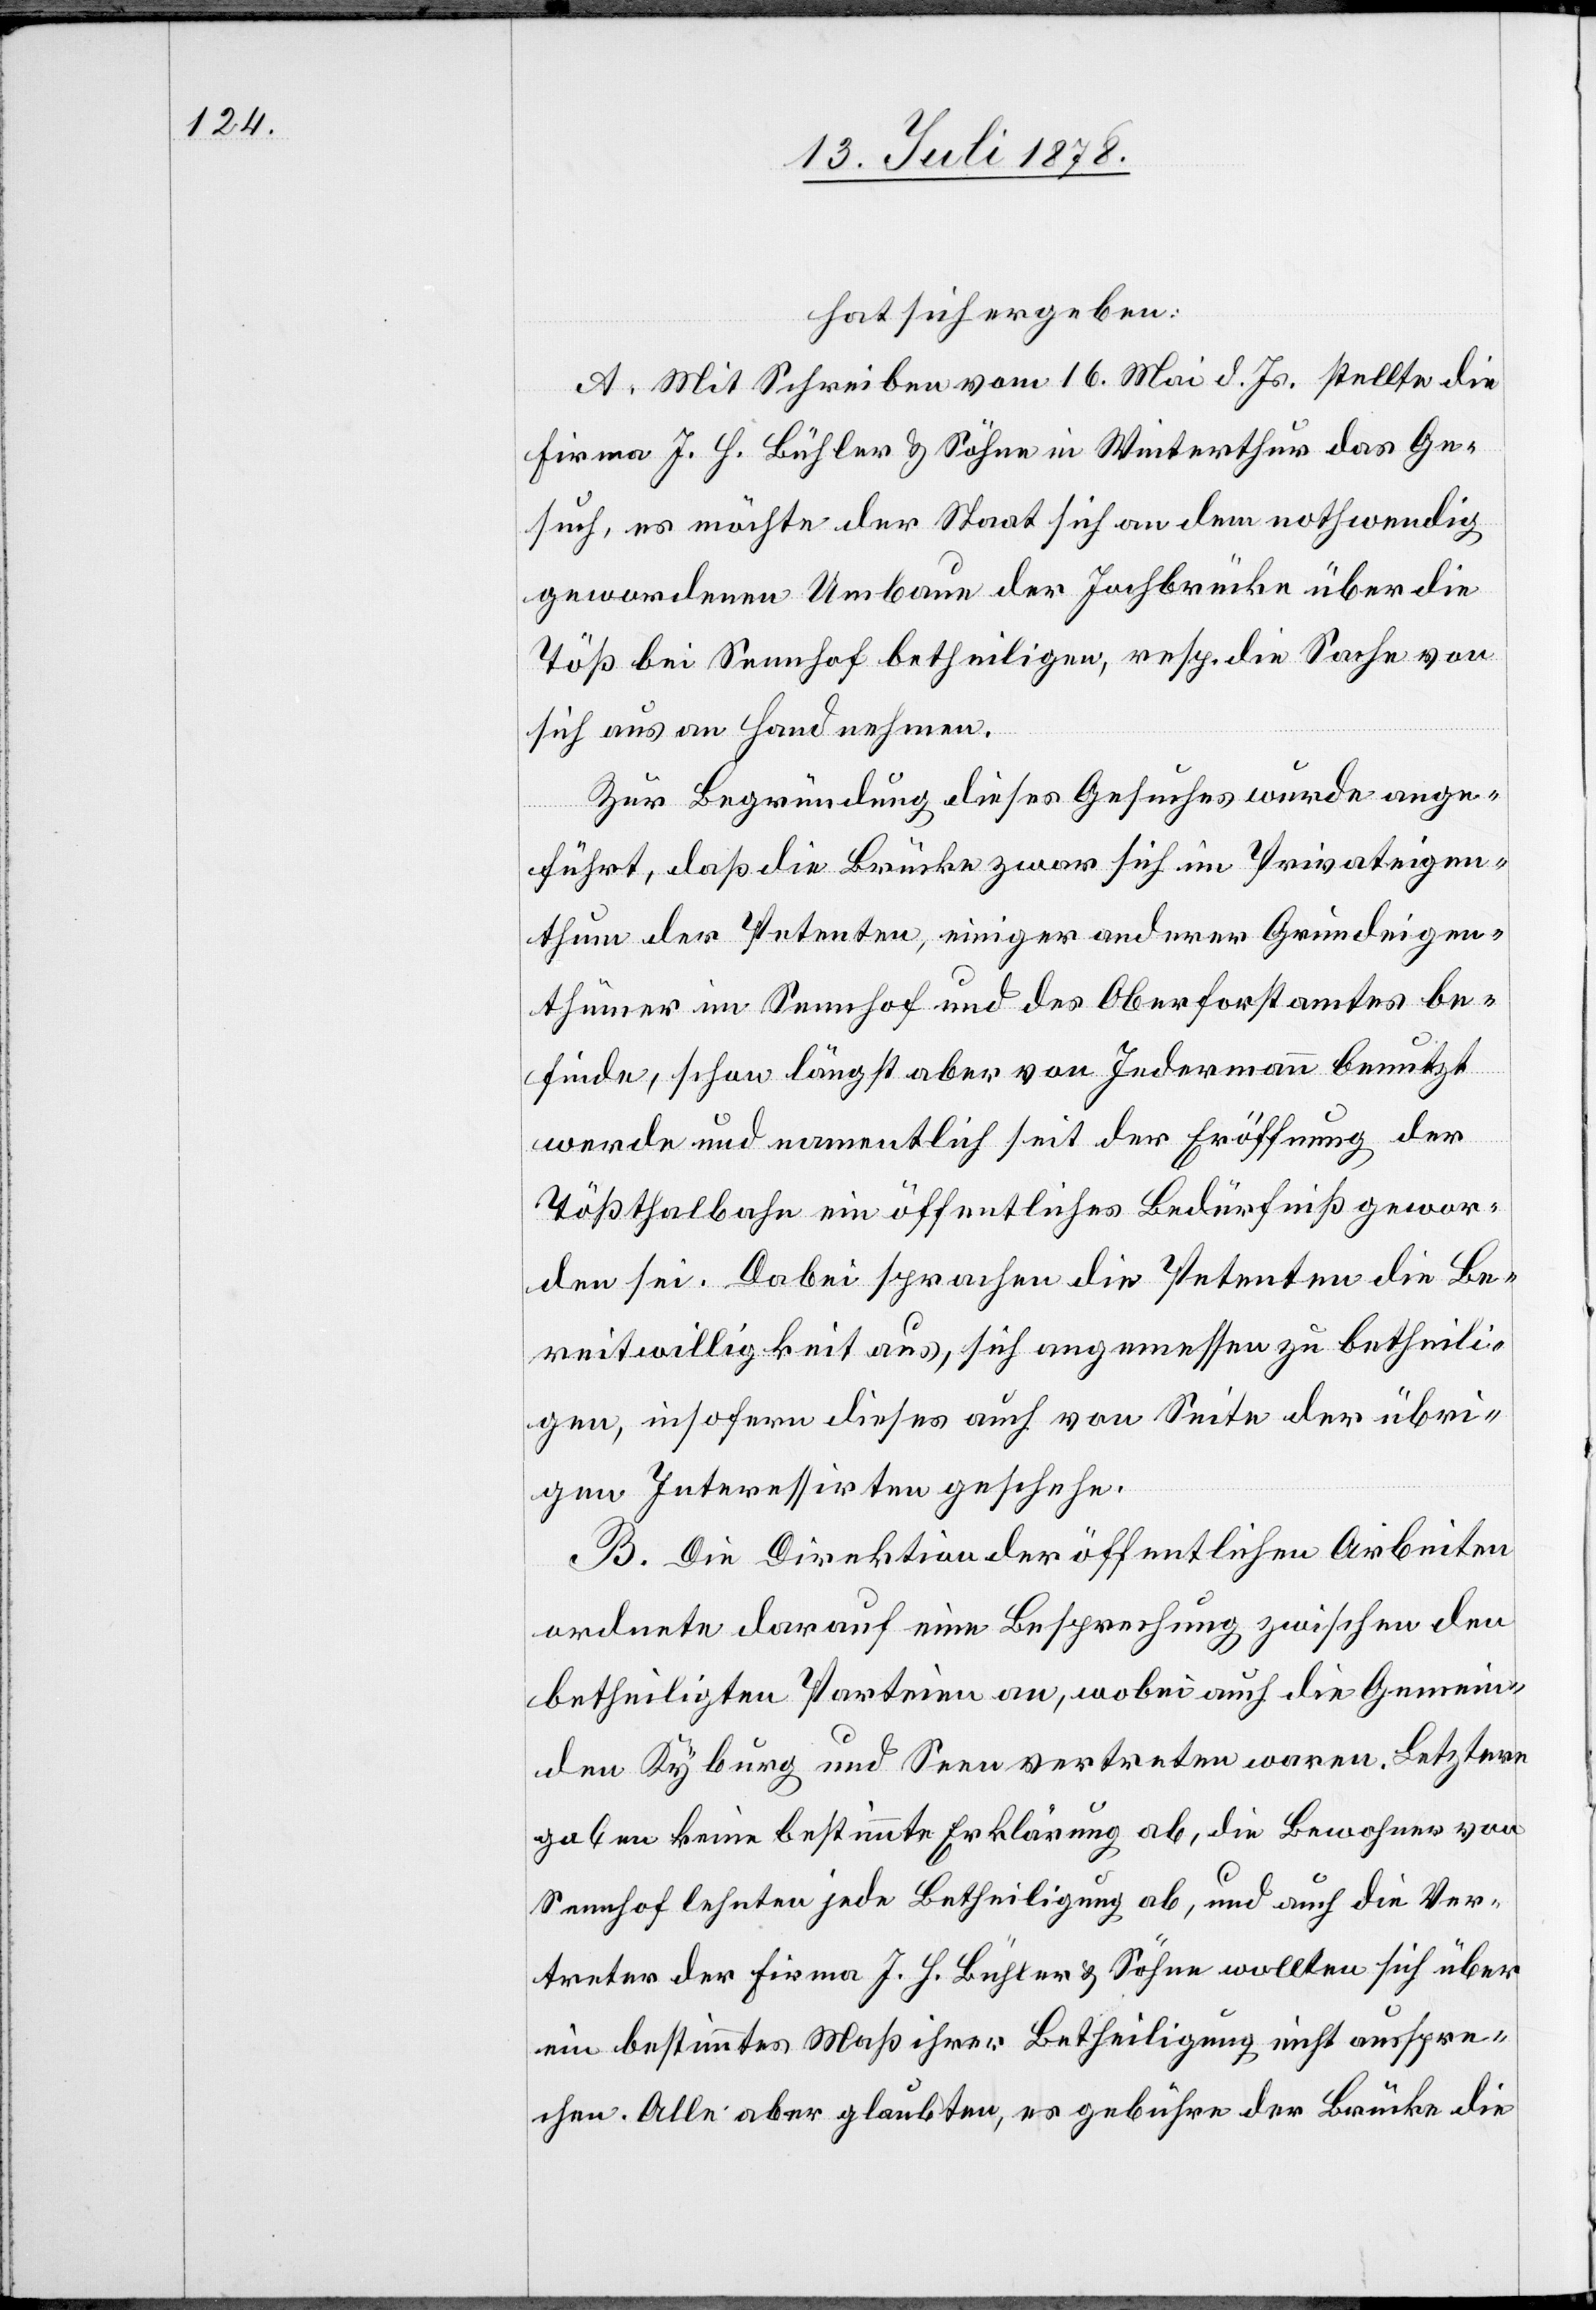
hat sich ergeben:
A. Mit Schreiben vom 16. Mai d. Js. stellte die
Firma J. H. Bühler & Söhne in Winterthur das Ge¬
such, es möchte der Staat sich an dem nothwendig
gewordenen Umbau der Jochbrücke über die
Töß bei Sennhof betheiligen, resp. die Sache von
sich aus an Hand nehmen.
Zur Begründung dieses Gesuches wurde ange¬
führt, daß die Brücke zwar sich im Privateigen¬
thum der Petenten, einiger anderer Grundeigen¬
thümer im Sennhof und des Oberforstamtes be¬
finde, schon längst aber von Jedermann benutzt
werde und namentlich seit der Eröffnung der
Tößthalbahn ein öffentliches Bedürfniß gewor¬
den sei. Dabei sprachen die Petenten die Be¬
reitwilligkeit aus, sich angemessen zu betheili¬
gen, insofern dieses auch von Seite der übri¬
gen Interessirten geschehe.
B. Die Direktion der öffentlichen Arbeiten
ordnete darauf eine Besprechung zwischen den
betheiligten Parteien an, wobei auch die Gemein¬
den Kyburg und Seen vertreten waren. Letztere
gaben keine bestimmte Erklärung ab, die Bewohner von
Sennhof lehnten jede Betheiligung ab, und auch die Ver¬
treter der Firma J. H. Bühler & Söhne wollten sich über
ein bestimmtes Maß ihrer Betheiligung nicht ausspre¬
chen. Alle aber glaubten, es gebühre der Brücke die